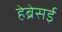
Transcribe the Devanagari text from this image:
हेब्रेसई